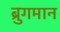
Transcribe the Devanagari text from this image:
ब्रुगमान